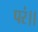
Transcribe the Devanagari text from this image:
परं।।